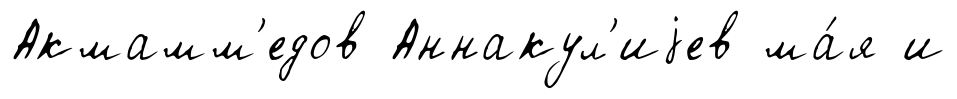
Акмамм'едов Аннакул'иjев ма́я и